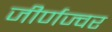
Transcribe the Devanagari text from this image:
जीर्णज्वर